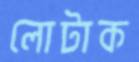
লোটাক